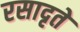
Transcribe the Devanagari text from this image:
रसादृते